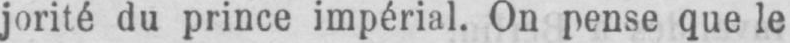
jorité du prince impérial. On pense que le